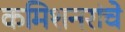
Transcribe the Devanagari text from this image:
कमिशनरांचे